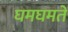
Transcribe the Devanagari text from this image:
घमघमते